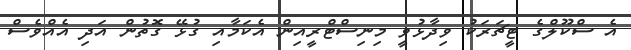
އެ ސްކޫލްގެ ޓީޗަރަކު ވިދާޅުވީ މިނިސްޓްރީއިން އެކަމާއި ގުޅޭ ގޮތުން އަދި އެއްވެސް